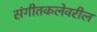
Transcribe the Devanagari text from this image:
संगीतकलेवरील